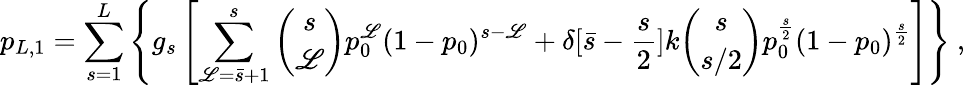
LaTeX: p_{L,1}=\sum_{s=1}^{L}\left\{ g_{s}\left[\sum_{\mathscr{L}=\bar{{s}}+1}^{s}{\binom{s}{\mathscr{L}}}p_{0}^{\mathscr{L}}(1-p_{0})^{s-\mathscr{L}}+\delta[\bar{{s}}-\frac{{s}}{{2}}]k{\binom{s}{s/2}}p_{0}^{\frac{{s}}{{2}}}(1-p_{0})^{\frac{{s}}{{2}}}\right]\right\} \ ,